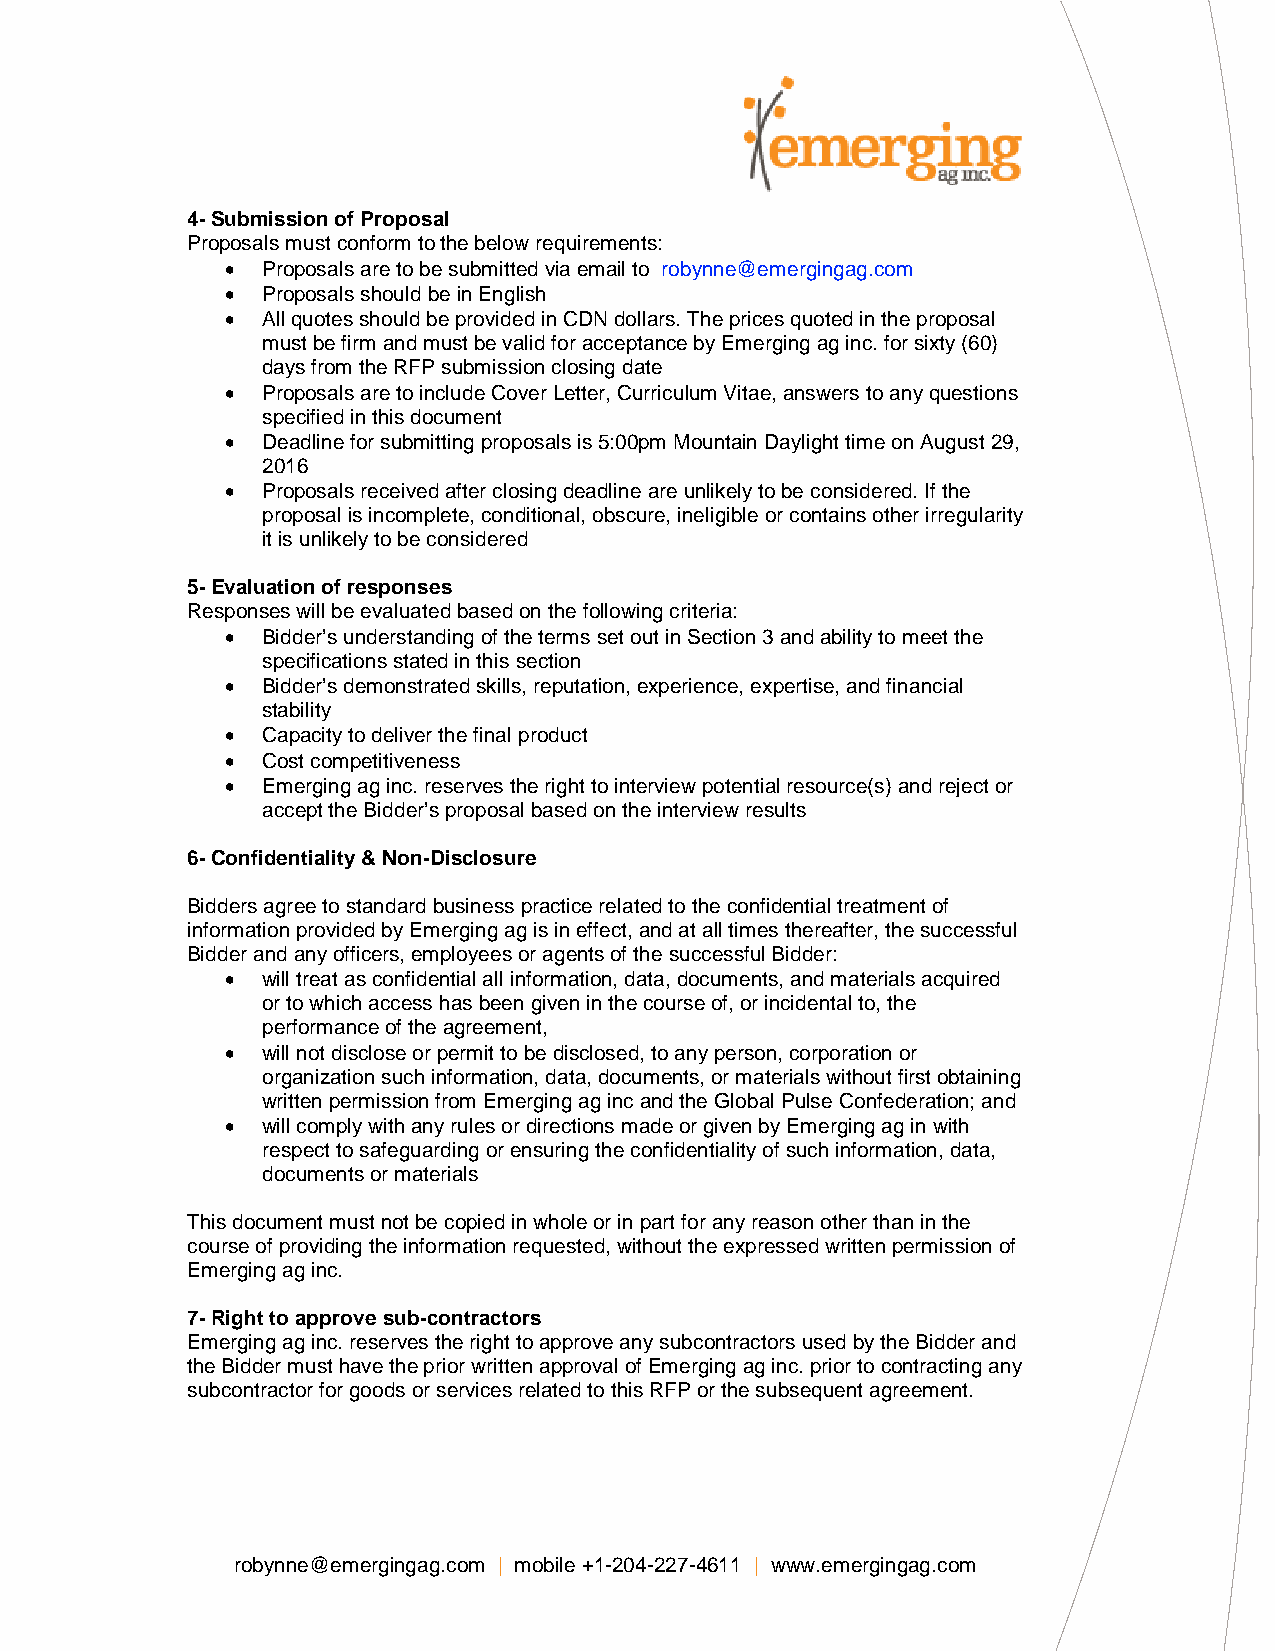
4- Submission of Proposal
 Proposals must conform to the below requirements:
 • Proposals are to be submitted via email to robynne@emergingag.com
 • Proposals should be in English
 • All quotes should be provided in CDN dollars. The prices quoted in the proposal
 must be firm and must be valid for acceptance by Emerging ag inc. for sixty (60)
 days from the RFP submission closing date
 • Proposals are to include Cover Letter, Curriculum Vitae, answers to any questions
 specified in this document
 • Deadline for submitting proposals is 5:00pm Mountain Daylight time on August 29,
 2016
 • Proposals received after closing deadline are unlikely to be considered. If the
 proposal is incomplete, conditional, obscure, ineligible or contains other irregularity
 it is unlikely to be considered
 5- Evaluation of responses
 Responses will be evaluated based on the following criteria:
 • Bidder’s understanding of the terms set out in Section 3 and ability to meet the
 specifications stated in this section
 • Bidder’s demonstrated skills, reputation, experience, expertise, and financial
 stability
 • Capacity to deliver the final product
 • Cost competitiveness
 • Emerging ag inc. reserves the right to interview potential resource(s) and reject or
 accept the Bidder’s proposal based on the interview results
 6- Confidentiality & Non-Disclosure
 Bidders agree to standard business practice related to the confidential treatment of
 information provided by Emerging ag is in effect, and at all times thereafter, the successful
 Bidder and any officers, employees or agents of the successful Bidder:
 • will treat as confidential all information, data, documents, and materials acquired
 or to which access has been given in the course of, or incidental to, the
 performance of the agreement,
 • will not disclose or permit to be disclosed, to any person, corporation or
 organization such information, data, documents, or materials without first obtaining
 written permission from Emerging ag inc and the Global Pulse Confederation; and
 • will comply with any rules or directions made or given by Emerging ag in with
 respect to safeguarding or ensuring the confidentiality of such information, data,
 documents or materials
 This document must not be copied in whole or in part for any reason other than in the
 course of providing the information requested, without the expressed written permission of
 Emerging ag inc.
 7- Right to approve sub-contractors
 Emerging ag inc. reserves the right to approve any subcontractors used by the Bidder and
 the Bidder must have the prior written approval of Emerging ag inc. prior to contracting any
 subcontractor for goods or services related to this RFP or the subsequent agreement.
 robynne@emergingag.com | mobile +1-204-227-4611 | www.emergingag.com